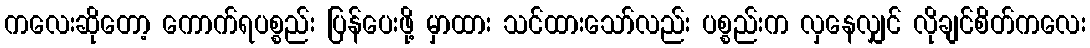
ကလေးဆိုတော့ ကောက်ရပစ္စည်း ပြန်ပေးဖို့ မှာထား သင်ထားသော်လည်း ပစ္စည်းက လှနေလျှင် လိုချင်စိတ်ကလေး